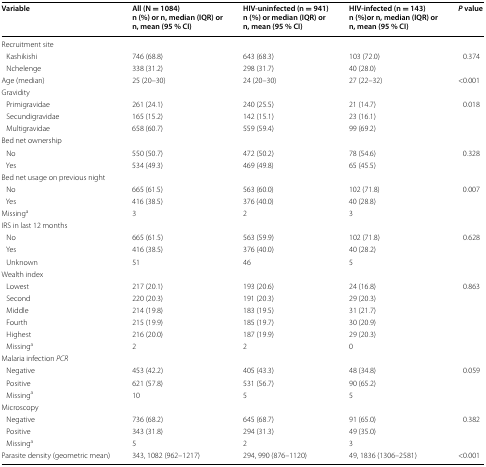
<table><thead><tr><td><b>Variable</b></td><td><b>All (N = 1084)n (%) or n, median (IQR) orn, mean (95 % CI)</b></td><td><b>HIV-uninfected (n = 941)n (%) or median (IQR) orn, mean (95 % CI)</b></td><td><b>HIV-infected (n = 143)n (%)or n, median (IQR) orn, mean (95 % CI)</b></td><td><b><i>P</i> value</b></td></tr></thead><tbody><tr><td colspan="5">Recruitment site</td></tr><tr><td> Kashikishi</td><td>746 (68.8)</td><td>643 (68.3)</td><td>103 (72.0)</td><td>0.374</td></tr><tr><td> Nchelenge</td><td>338 (31.2)</td><td>298 (31.7)</td><td>40 (28.0)</td><td></td></tr><tr><td>Age (median)</td><td>25 (20–30)</td><td>24 (20–30)</td><td>27 (22–32)</td><td>&lt;0.001</td></tr><tr><td colspan="5">Gravidity</td></tr><tr><td> Primigravidae</td><td>261 (24.1)</td><td>240 (25.5)</td><td>21 (14.7)</td><td>0.018</td></tr><tr><td> Secundigravidae</td><td>165 (15.2)</td><td>142 (15.1)</td><td>23 (16.1)</td><td></td></tr><tr><td> Multigravidae</td><td>658 (60.7)</td><td>559 (59.4)</td><td>99 (69.2)</td><td></td></tr><tr><td colspan="5">Bed net ownership</td></tr><tr><td> No</td><td>550 (50.7)</td><td>472 (50.2)</td><td>78 (54.6)</td><td>0.328</td></tr><tr><td> Yes</td><td>534 (49.3)</td><td>469 (49.8)</td><td>65 (45.5)</td><td></td></tr><tr><td colspan="5">Bed net usage on previous night</td></tr><tr><td> No</td><td>665 (61.5)</td><td>563 (60.0)</td><td>102 (71.8)</td><td>0.007</td></tr><tr><td> Yes</td><td>416 (38.5)</td><td>376 (40.0)</td><td>40 (28.8)</td><td></td></tr><tr><td>Missing<sup>a</sup></td><td>3</td><td>2</td><td>3</td><td></td></tr><tr><td colspan="5">IRS in last 12 months</td></tr><tr><td> No</td><td>665 (61.5)</td><td>563 (59.9)</td><td>102 (71.8)</td><td>0.628</td></tr><tr><td> Yes</td><td>416 (38.5)</td><td>376 (40.0)</td><td>40 (28.2)</td><td></td></tr><tr><td> Unknown</td><td>51</td><td>46</td><td>5</td><td></td></tr><tr><td colspan="5">Wealth index</td></tr><tr><td> Lowest</td><td>217 (20.1)</td><td>193 (20.6)</td><td>24 (16.8)</td><td>0.863</td></tr><tr><td> Second</td><td>220 (20.3)</td><td>191 (20.3)</td><td>29 (20.3)</td><td></td></tr><tr><td> Middle</td><td>214 (19.8)</td><td>183 (19.5)</td><td>31 (21.7)</td><td></td></tr><tr><td> Fourth</td><td>215 (19.9)</td><td>185 (19.7)</td><td>30 (20.9)</td><td></td></tr><tr><td> Highest</td><td>216 (20.0)</td><td>187 (19.9)</td><td>29 (20.3)</td><td></td></tr><tr><td> Missing<sup>a</sup></td><td>2</td><td>2</td><td>0</td><td></td></tr><tr><td colspan="5">Malaria infection <i>PCR</i></td></tr><tr><td> Negative</td><td>453 (42.2)</td><td>405 (43.3)</td><td>48 (34.8)</td><td>0.059</td></tr><tr><td> Positive</td><td>621 (57.8)</td><td>531 (56.7)</td><td>90 (65.2)</td><td></td></tr><tr><td> Missing<sup>a</sup></td><td>10</td><td>5</td><td>5</td><td></td></tr><tr><td colspan="5">Microscopy</td></tr><tr><td> Negative</td><td>736 (68.2)</td><td>645 (68.7)</td><td>91 (65.0)</td><td>0.382</td></tr><tr><td> Positive</td><td>343 (31.8)</td><td>294 (31.3)</td><td>49 (35.0)</td><td></td></tr><tr><td> Missing<sup>a</sup></td><td>5</td><td>2</td><td>3</td><td></td></tr><tr><td>Parasite density (geometric mean)</td><td>343, 1082 (962–1217)</td><td>294, 990 (876–1120)</td><td>49, 1836 (1306–2581)</td><td>&lt;0.001</td></tr></tbody></table>